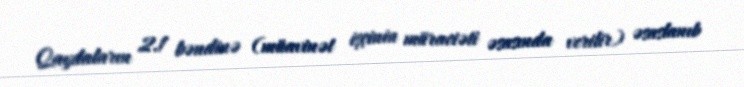
Qaydaların 2.1 bəndinə (müavinət işçinin müraciəti əsasında verilir) əsaslanıb